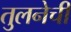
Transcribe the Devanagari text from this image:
तुलनेची